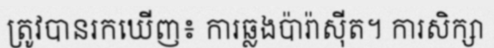
ត្រូវបានរកឃើញ៖ ការឆ្លងប៉ារ៉ាស៊ីត។ ការសិក្សា